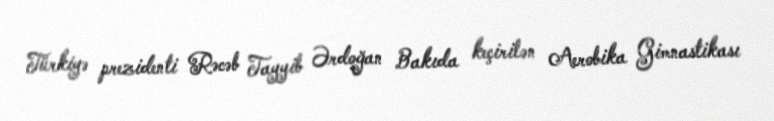
Türkiyə prezidenti Rəcəb Tayyib Ərdoğan Bakıda keçirilən Aerobika Gimnastikası